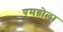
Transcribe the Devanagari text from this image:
एमब्रोला